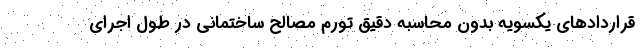
قراردادهای یکسویه بدون محاسبه دقیق تورم مصالح ساختمانی در طول اجرای